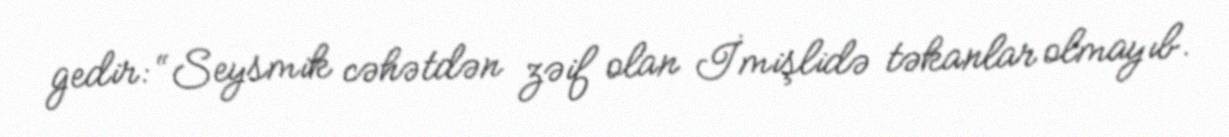
gedir: “Seysmik cəhətdən zəif olan İmişlidə təkanlar olmayıb.